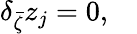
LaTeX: \delta_{\bar{\zeta}}z_{j}=0,\quad